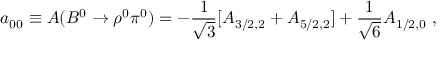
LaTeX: a _ { 0 0 } \equiv A ( B ^ { 0 } \to \rho ^ { 0 } \pi ^ { 0 } ) = - \frac { 1 } { \sqrt { 3 } } [ A _ { 3 / 2 , 2 } + A _ { 5 / 2 , 2 } ] + \frac { 1 } { \sqrt { 6 } } A _ { 1 / 2 , 0 } \; ,